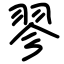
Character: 翏